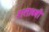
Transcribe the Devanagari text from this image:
शताब्बी